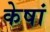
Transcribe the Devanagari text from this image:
केषां